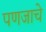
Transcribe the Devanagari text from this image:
पणजाचे